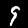
Label: 9